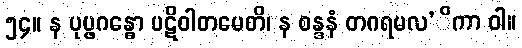
၅၄။ န ပုပ္ဖဂန္ဓော ပဋိဝါတမေတိ၊ န စန္ဒနံ တဂရမလ’ိကာ ဝါ။